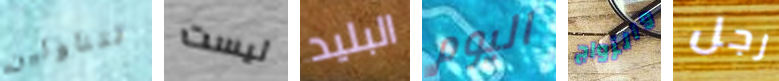
تتناولين ليست البليد اليوم والزواج رجل